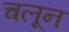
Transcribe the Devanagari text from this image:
चलून